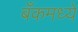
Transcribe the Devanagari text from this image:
बँकमध्ये